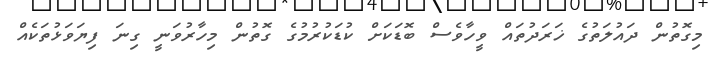
މިގޮތުން ދައުލަތުގެ ޚަރަދުތައް ވީހާވެސް ބޮޑަކަށް ކުޑަކުރުމުގެ ގޮތުން މިހާރުވަނީ ގިނަ ފިޔަވަޅުތަކެއް